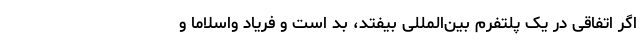
اگر اتفاقی در یک پلتفرم بین‌المللی بیفتد، بد است و فریاد واسلاما و